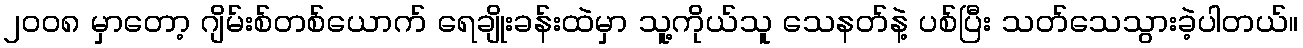
၂၀၀၈ မှာတော့ ဂျိမ်းစ်တစ်ယောက် ရေချိုးခန်းထဲမှာ သူ့ကိုယ်သူ သေနတ်နဲ့ ပစ်ပြီး သတ်သေသွားခဲ့ပါတယ်။